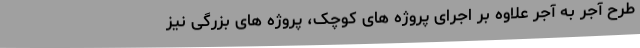
طرح آجر به آجر علاوه بر اجرای پروژه های کوچک، پروژه های بزرگی نیز